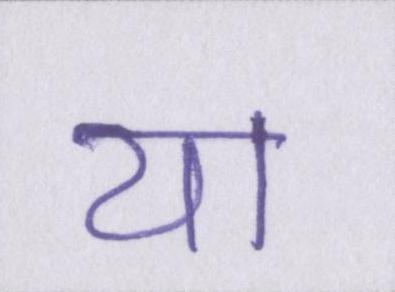
या